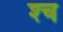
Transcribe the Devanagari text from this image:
श्‍च